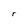
Character: r